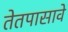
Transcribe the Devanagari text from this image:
तेतपासावे